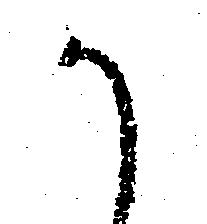
か